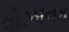
વોઝનિક